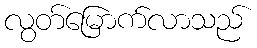
လွတ်မြောက်လာသည်